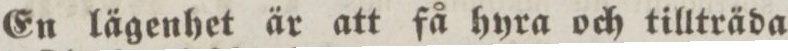
En lägenhet är att få hyra och tillträda